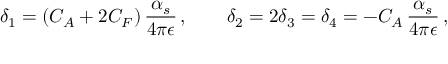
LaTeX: \delta _ { 1 } = ( C _ { A } + 2 C _ { F } ) \, \frac { \alpha _ { s } } { 4 \pi \epsilon } \, , \qquad \delta _ { 2 } = 2 \delta _ { 3 } = \delta _ { 4 } = - C _ { A } \, \frac { \alpha _ { s } } { 4 \pi \epsilon } \, ,